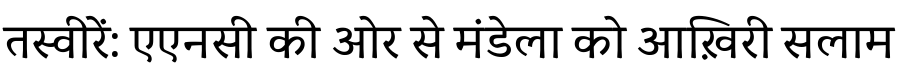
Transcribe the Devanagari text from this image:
तस्वीरें: एएनसी की ओर से मंडेला को आख़िरी सलाम